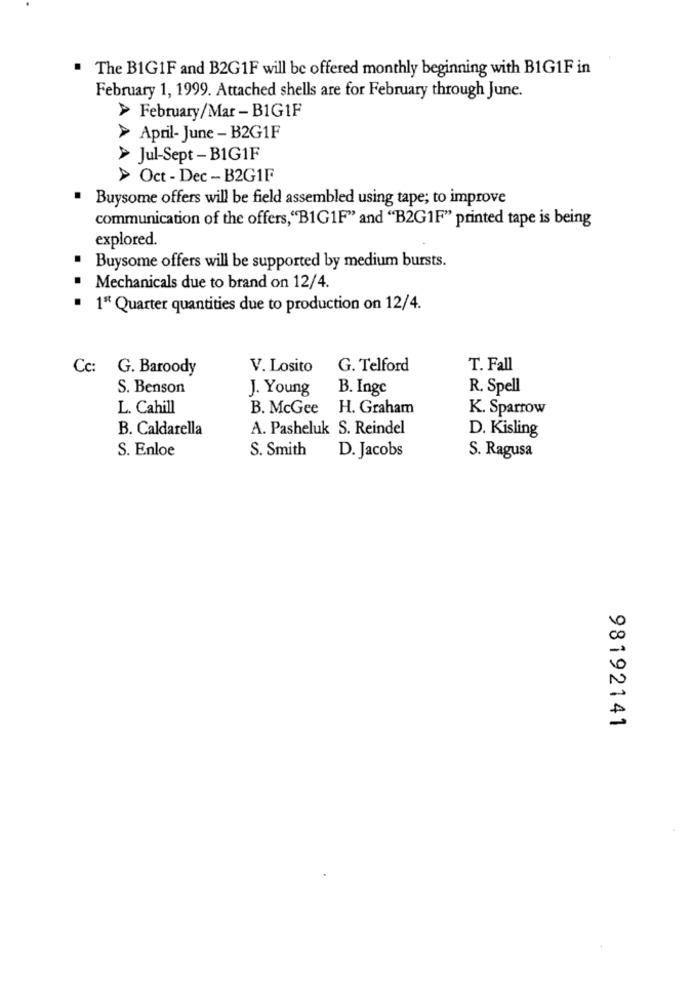
. The BIG1F and B2G1F will be offered monthly beginning with B1G1F in
February 1, 1999. Attached shells are for February through June.
> February/Mar - B1G1F
> April- June -B2G1F
> Jul-Sept - B1G1F
> Oct - Dec - B2G1F
· Buysome offers will be field assembled using tape; to improve
communication of the offers, "B1G1F" and "B2G1F" printed tape is being
explored.
. Buysome offers will be supported by medium bursts.
· Mechanicals due to brand on 12/4.
1ª Quarter quantities due to production on 12/4.
Cc: G. Baroody
V. Losito
G. Telford
T. Fall
S. Benson
J. Young
B. Inge
R. Spell
L. Cahill
B. McGee
H. Graham
K. Sparrow
B. Caldarella
A. Pasheluk S. Reindel
D. Kisling
S. Enloe
S. Smith
D. Jacobs
S. Ragusa
98192141